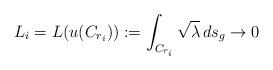
LaTeX: \begin{align*} L_i=L(u(C_{r_i})):=\int_{C_{r_i}} \sqrt{\lambda} \, ds_g \rightarrow 0\end{align*}